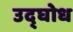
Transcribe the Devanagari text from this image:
उद्घोध